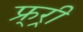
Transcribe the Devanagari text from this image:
फ्र्र्र्री